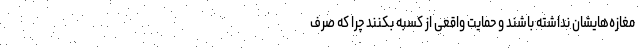
مغازه‌هایشان نداشته باشند و حمایت واقعی از کسبه بکنند چرا که صرف